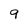
Character: 9